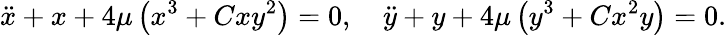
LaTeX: \ddot{x}+x+4\mu\left(x^{3}+Cxy^{2}\right)=0,\quad\ddot{y}+y+4\mu\left(y^{3}+Cx^{2}y\right)=0.